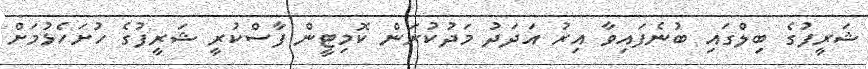
ޝަރީފުގެ ބިލްގައި ބުނެފައިވާ އިރު އަދަދު މަދުކުރަން ކޮމިޓީން ފާސްކުރީ ޝަރީފުގެ ހުށަހެޅުމަށް